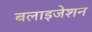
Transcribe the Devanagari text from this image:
बलाइजेशन